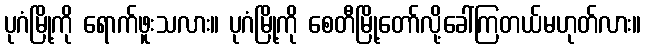
ပုဂံမြို့ကို ရောက်ဖူးသလား။ ပုဂံမြို့ကို စေတီမြို့တော်လို့ခေါ်ကြတယ်မဟုတ်လား။